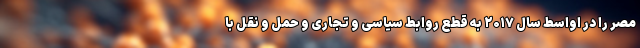
مصر را در اواسط سال ۲۰۱۷ به قطع روابط سیاسی و تجاری و حمل و نقل با